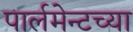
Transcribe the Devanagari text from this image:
पार्लमेन्टच्या